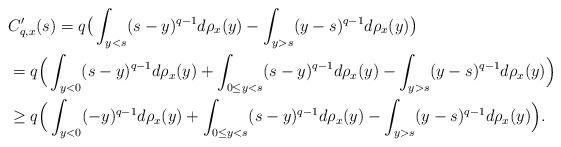
LaTeX: \begin{align*}&C'_{q,x}(s)=q\big(\int_{y<s}(s-y)^{q-1}d\rho_x(y)-\int_{y>s}(y-s)^{q-1}d\rho_x(y)\big)\\&=q\Big(\int_{y<0}(s-y)^{q-1}d\rho_x(y)+\int_{0\leq y<s}(s-y)^{q-1}d\rho_x(y)-\int_{y>s}(y-s)^{q-1}d\rho_x(y)\Big)\\&\geq q\Big(\int_{y<0}(-y)^{q-1}d\rho_x(y)+\int_{0\leq y<s}(s-y)^{q-1}d\rho_x(y)-\int_{y>s}(y-s)^{q-1}d\rho_x(y)\Big).\end{align*}